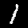
Digit: 1